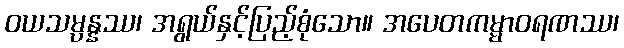
ဝယသမ္ပန္နဿ၊ အရွယ်နှင့်ပြည့်စုံသော။ အပေတကမ္မာဝရဏဿ၊